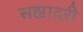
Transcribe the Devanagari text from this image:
सह्यादरी